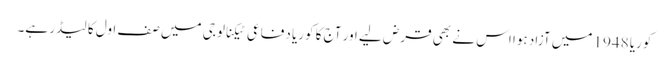
کوریا 1948 میں آزاد ہوا اس نے بھی قرض لیے اور آج کا کوریا دفاعی ٹیکنالوجی میں صف اول کا لیڈر ہے۔